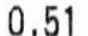
0.51